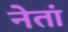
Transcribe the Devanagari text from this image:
नेतां